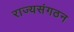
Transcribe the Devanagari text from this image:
राज्यसंगठन